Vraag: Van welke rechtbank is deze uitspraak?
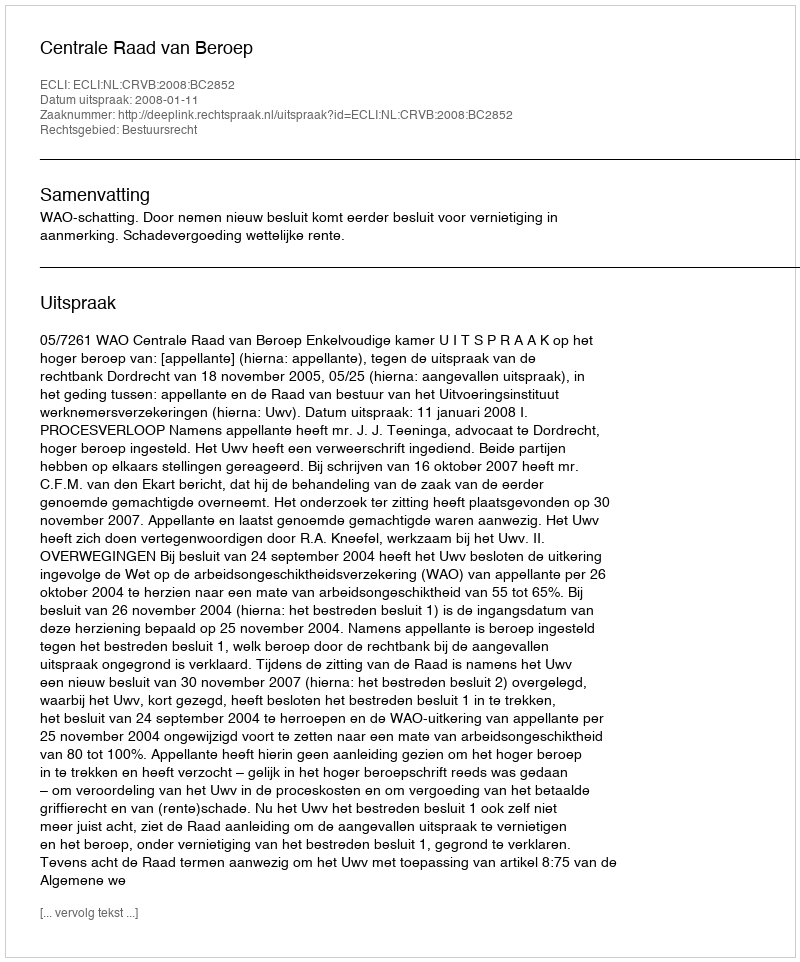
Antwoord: Centrale Raad van Beroep